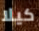
كيلا